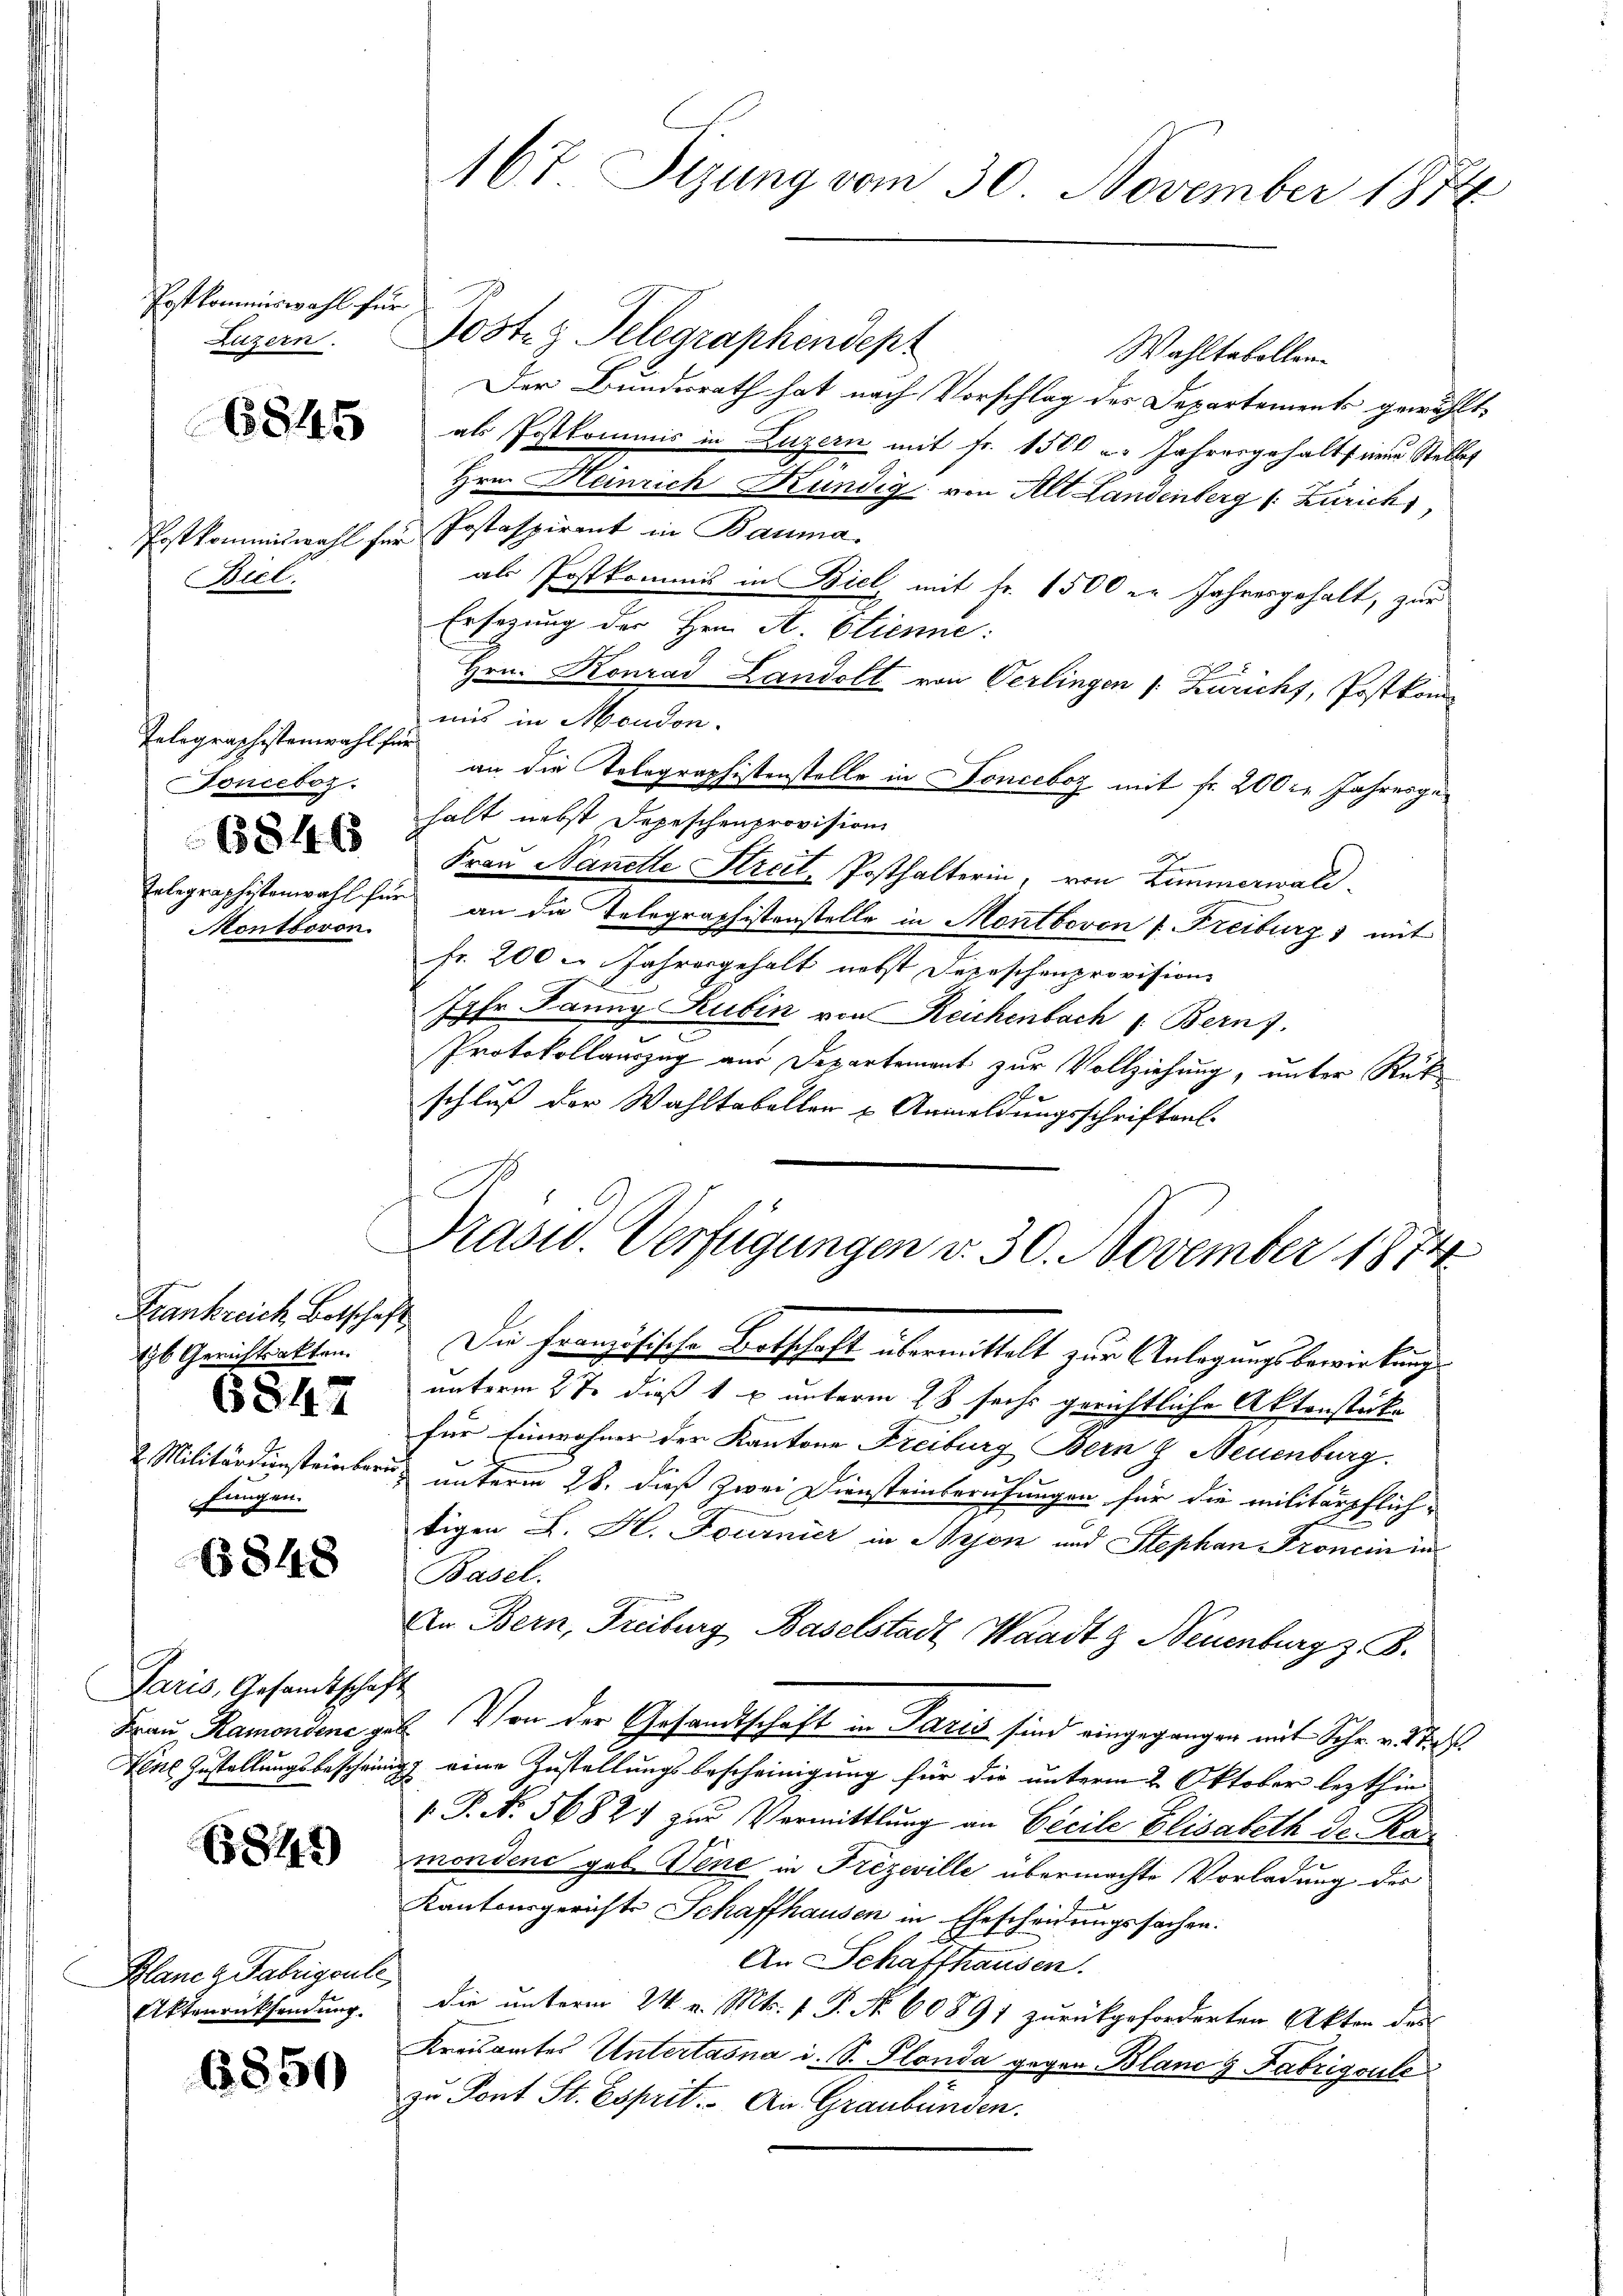
Postkommiswahl für
Luzern.

6845

Postkommiswahl für
Biel.

Telegraphistenwahl für
Fonceboz.
6846
Montboron.

Frankreich Botschaf
tyb Gerichtsakten.
6847
2 Militärdiensteinberu
fungen.

6848

Paris, Gesandtschaf
Frau Ramondene ge¬
Nene Zustellungsbescheinig

845

Plane z. Fabrigenle
Aktenrücksendung.

6850

167 Sizung vom 30. November 1874

Posten Telegraphendept
Wahltabellen.
Der Bundesrath hat nach Vorschlag des Departements gewählt,
als Postkommis in Luzern mit Fr. 1500 u. Jahresgehalts einen Stellet
Hrn. Heinrich Kündig von Alt Landenberg (: Zürich,
Postaspirant in Bauma.
als Postkommis in Biel mit Fr. 1500 er Jahresgehalt, zur
Ersezung der Hrn. A. Etienne:
Hrn. Konrad Landolt von Verlingen (: Zuricht, Postkom-
mis in Moudon.
an die Tolographistenstelle in Fonceboz mit fr. 200 l. Jahresgehalt nebst Depeschenprovision
F
Frau Nanelle Streit, Posthalterin, von Zimmerwald
Telegraphistenwahl für an die Telegraphistenstelle in Montboven v. Freiburg) mit
fr. 200 u. Jahresgehalt nebst Depeschenprovisions
Ihr Janny Rubin von Reichenbach : Bern).
Protokollauszug aus Departement zur Vollziehung, unter Rük
schluß der Wahltabeller u Anmeldungsschriften.

Präsid. Verfügungen v. 30. November 1874

t

Die Französische Botschaft übermittelt zur Anlagungsbewirkung
unterm 2te dieß 1 u unterm 28 sechs gerichtliche Aktenstück-
für Einwohner der Kantone Freiburg Bern & Neuenburg.
unterm 28. dieß zwei Diensteinberufungen für die militärpflich-
tigen L. H. Fournier in Bryon und Stephan Fronein in
Basel.
An Bern, Freiburg Baselstadt Waadt & Neuenburg z. B.
c
2. Von der Gesandtschaft in Paris sind eingegangen mit Schr. v. 18.
27 eine Zustellungsbescheinigung für die unterm 2. Oktober lezthin
". P. Nr. 5682) zŭr Vermittlung an Beeile Elisabeth Dr. Ramondene geb. Vene in Frezeville übermachte Vorladung des
Kantonsgerichte Schaffhausen in Ehescheidungssachen.
An Schaffhausen.
die unterm 24. v. Mts. 1 P. Nr. 60891 zurückgeforderten Akten des
Kreisamtes Untertasna i. S. Plonda gegen Blanc 9 Fabrigsule
zu Pont St. Esprit. An Graubünden.